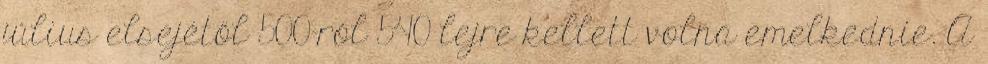
július elsejétől 500-ról 540 lejre kellett volna emelkednie. A